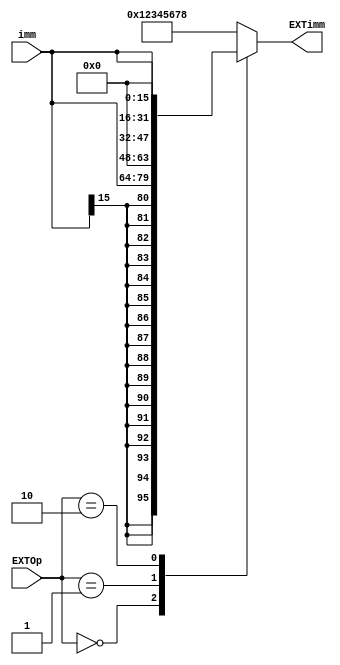
`timescale 1ns / 1ps
//////////////////////////////////////////////////////////////////////////////////
// Company: 
// Engineer: 
// 
// Design Name: 
// Module Name:    EXT 
// Project Name: 
// Target Devices: 
// Tool versions: 
// Description: 
//
// Dependencies: 
//
// Revision: 
// Revision 0.01 - File Created
// Additional Comments: 
//
//////////////////////////////////////////////////////////////////////////////////
`define sign_ext 2'b00
`define zero_ext 2'b01
`define lui_ext 2'b10
module EXT(
	input [15:0] imm,
	input [1:0] EXTOp,
	output reg [31:0] EXTimm
    );
	
	always @(*) begin
		case(EXTOp)
			`sign_ext:	EXTimm = {{16{imm[15]}}, imm};
			`zero_ext:	EXTimm = {{16{1'b0}}, imm};
			`lui_ext:	EXTimm = {imm, {16{1'b0}}};
			default:		EXTimm = 32'h12345678;
		endcase
	end

endmodule